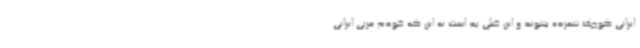
ایرانی کوچک شمرده بشوند و این خیلی بد است نه این که خودم مربی ایرانی